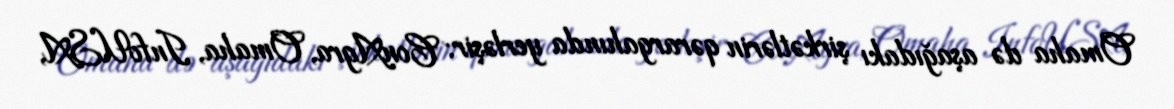
Omaha də aşağıdakı şirkətlərin qərargahında yerləşir: ConAgra, Omaha, InfoUSA,